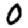
Digit: 0